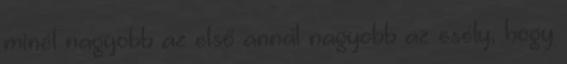
minél nagyobb az első annál nagyobb az esély, hogy